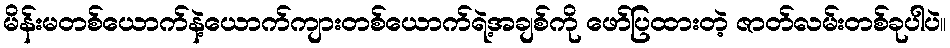
မိန်းမတစ်ယောက်နဲ့ယောက်ကျားတစ်ယောက်ရဲ့အချစ်ကို ဖော်ပြထားတဲ့ ဇာတ်လမ်းတစ်ခုပါပဲ။